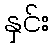
နှင်း